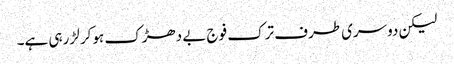
لیکن دوسری طرف ترک فوج بے دھڑک ہوکر لڑ رہی ہے۔